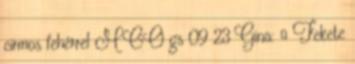
cirmos fehérrel MCO gs 09 23 Gina: ♀ Fekete